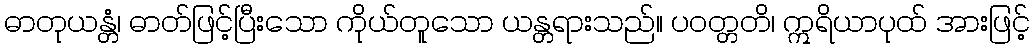
ဓာတုယန္တံ၊ ဓာတ်ဖြင့်ပြီးသော ကိုယ်တူသော ယန္တရားသည်။ ပဝတ္တတိ၊ ဣရိယာပုထ် အားဖြင့်